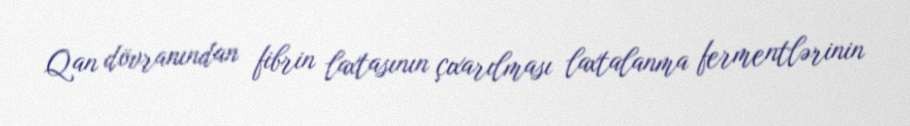
Qan dövranından fibrin laxtasının çıxarılması laxtalanma fermentlərinin